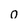
Character: 0